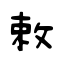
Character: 敕